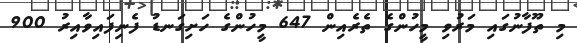
މި ތޫފާނުގައި މަރުވި މީހުންގެ ތެރެއިން 647 މީހުންގެ ހަށިގަނޑު ފެނިފައިވާއިރު 900